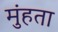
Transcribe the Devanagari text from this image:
मुंहता